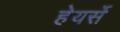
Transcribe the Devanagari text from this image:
हेयर्से